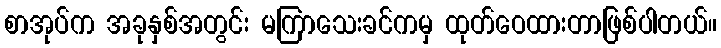
စာအုပ်က အခုနှစ်အတွင်း မကြာသေးခင်ကမှ ထုတ်ဝေထားတာဖြစ်ပါတယ်။